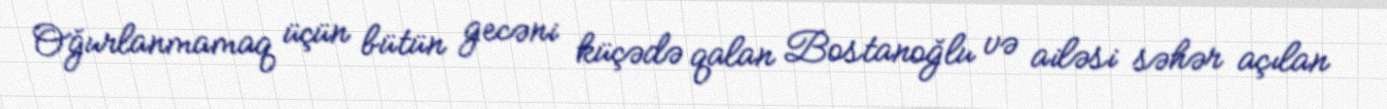
Oğurlanmamaq üçün bütün gecəni küçədə qalan Bostanoğlu və ailəsi səhər açılan